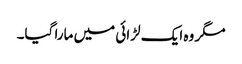
مگر وہ ایک لڑائی میں مارا گیا۔